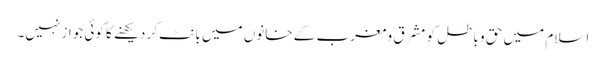
اسلام میں حق و باطل کو مشرق و مغرب کے خانوں میں بانٹ کر دیکھنے کا کوئی جواز نہیں۔